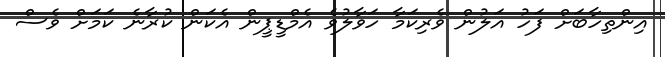
އިންތިހާބަށް ފަހު އަލުން ވެރިކަމާ ހަވާލުވެ އެމްޑީޕީން އެކަން ކުރާނެ ކަމަށް ވެސް